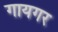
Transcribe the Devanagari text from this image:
गायगर